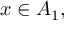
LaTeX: x \in A _ { 1 } ,